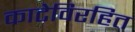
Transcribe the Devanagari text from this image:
काटेविरहित